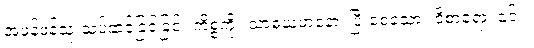
အဖန်ဖန်သုံးသပ်ဆင်ခြင်ခြင်း ကိစ္စကို။ သာဓယမာနော၊ ပြီးစေသော။ ဝိစာရော၊ ၎င်း။